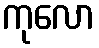
ကုလော